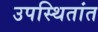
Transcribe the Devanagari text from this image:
उपस्थितांत